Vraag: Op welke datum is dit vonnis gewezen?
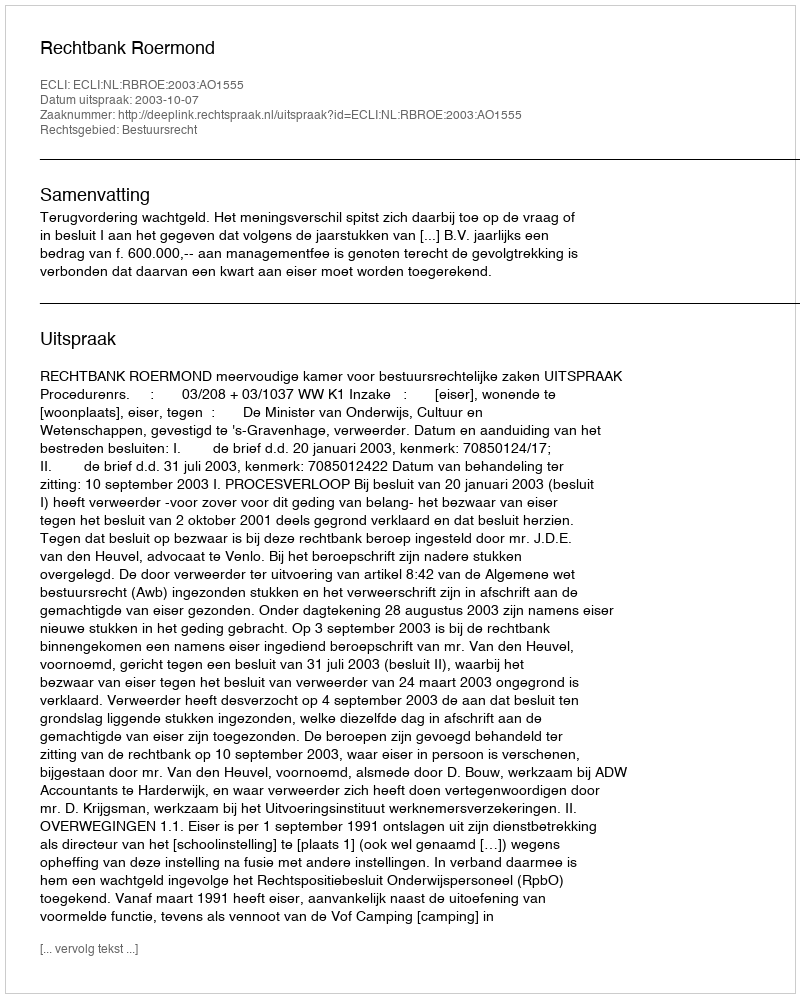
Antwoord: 2003-10-07